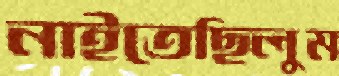
নাইতেছিলুম